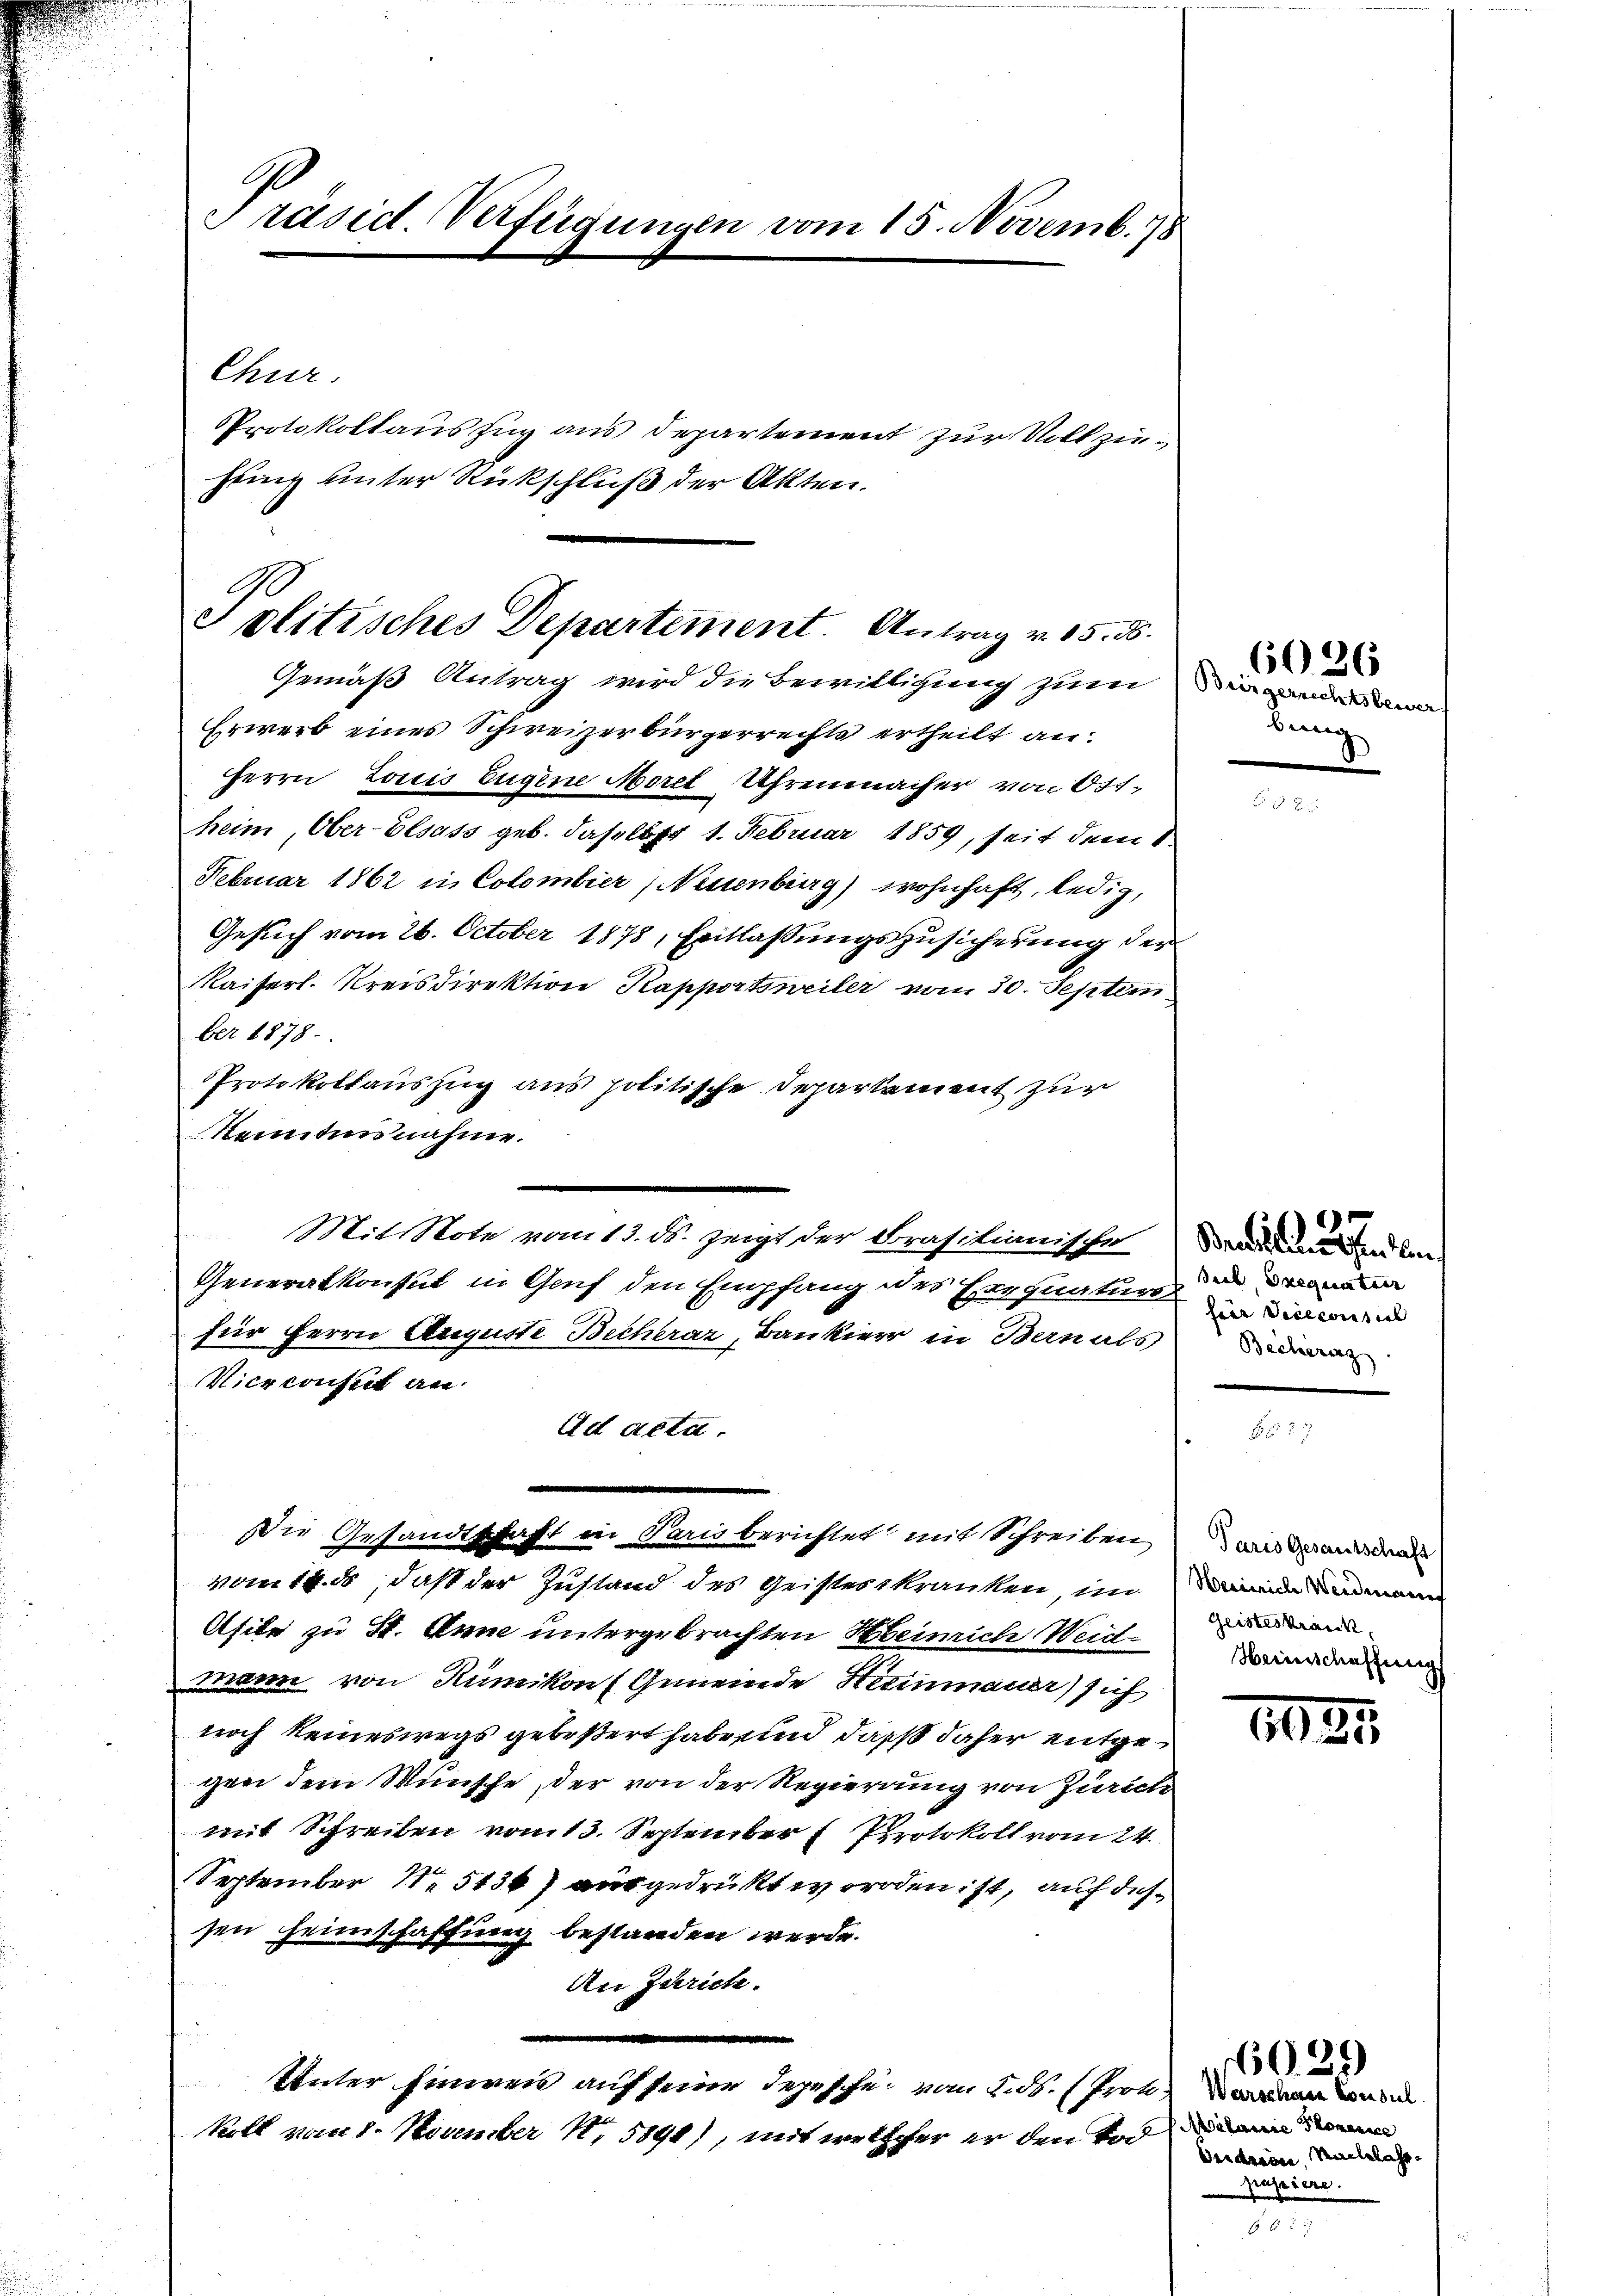
Präsid. Verfügungen vom 15. Novemb. 78

Chur.
jeing unter Rückschluß der Akten.

Protokollauszug aus Departement zur Vollzie¬

G
eolitisches Departement. Antrag v. 15. d.

Gemäß Antrag wird die Bewilligung zum
Erwerb eines Schweizerbürgerrechts ertheilt an:
Herrn Louis Eugene Morel Uhrenmacher von Ott,
heim, Ober-Elsass geb. Fasslust 1. Februar 1859, seit dem 1.
Februar 1862 in Colombier (Neuenburg) wohnhaft, ledig,
Gesuch vom 26. October 1878, Entlaßungszusicherung der
Kaiserl. Kreisdirektion Kapportsweiter vom 30. Septem
ber 1878.
Protokollauszug aus politische Departement zur
Remitin nahme.
Mit Note vom 13. ds. zeigt der Brasitianische
Generalkonsul in Genf den Empfang des Exequatur
für Herrn Auguste Becherar, Bankier in Bernals
Vicrconsit an
Ad acta.
Die Gesandtschaft in Paris berichtet mit Schreiben
vom 14t, daß der Zustand des Geisteskranken, im
Asite zu St. Anne untergebrachten Heinrich Weidmann von Rümikon (Gemeinde Steinmauer) sich
noch keineswegs gebeßert habe und dass daher entgegen dem Wunsche, der von der Regierung von Zürich
mit Schreiben vom 13. September 7 Protokoll vom 24.
September Nr. 51367 ausgedrückt worden ist, auf dessen Heimschaffung bestanden werde.
Are Zürich.
Unter Einwen auf seine Depesche vom 28. Prof. Wenn wer
koll vom 8. November 185891), mit welcher er den Tod

bung

6026

Bundestehend den
Biel Exequatair
fier Vicecorasial
Becherig

Paris Gesandtschaft
Weinrich Weidmann
Geisteskrank,
Herinschaffung

5.
622

60.29)
Aalanie Promenice
Derdreine Sachelahrpapiere.